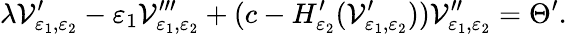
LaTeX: \lambda{\mathcal V}_{{\varepsilon}_{1},{\varepsilon}_{2}}^{\prime}-{\varepsilon}_{1}{\mathcal V}_{{\varepsilon}_{1},{\varepsilon}_{2}}^{\prime\prime\prime}+(c-H_{{\varepsilon}_{2}}^{\prime}({\mathcal V}_{{\varepsilon}_{1},{\varepsilon}_{2}}^{\prime})){\mathcal V}_{{\varepsilon}_{1},{\varepsilon}_{2}}^{\prime\prime}={\Theta}^{\prime}.